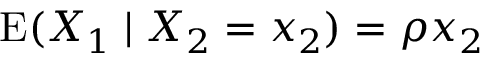
\operatorname { E } ( X _ { 1 } \mid X _ { 2 } = x _ { 2 } ) = \rho x _ { 2 }